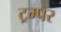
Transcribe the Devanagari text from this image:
ट्रम्पर